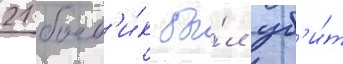
21 боев'и́к бы́л уб'и́т